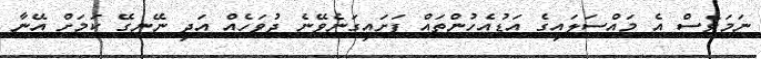
ނަމަވެސް އެ މައްސަލައިގެ އަޑުއެހުންތައް ފަށައިގަނެވޭނެ ދުވަހެއް އަދި ނޭނގޭ ކަމަށް އޭނާ